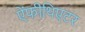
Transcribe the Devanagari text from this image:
ऐंफीथिएटर